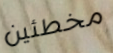
مخطئين